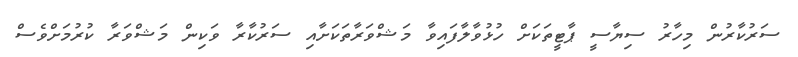
ސަރުކާރުން މިހާރު ސިޔާސީ ޕާޓީތަކަށް ހުޅުވާލާފައިވާ މަޝްވަރާތަކަށާއި ސަރުކާރާ ވަކިން މަޝްވަރާ ކުރުމަށްވެސް